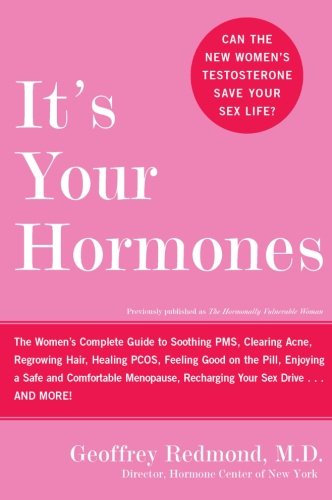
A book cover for It's Your Hormones: The Women's Complete Guide to Soothing PMS, Clearing Acne, Regrowing Hair, Healing PCOS, Feeling Good on the Pill, Enjoying a Safe ... Recharging Your Sex Drive . . . and More!; Geoffrey Redmond; Health, Fitness & Dieting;